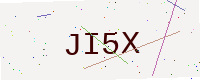
Text: JI5X